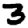
Digit: 3